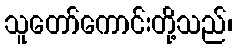
သူတော်ကောင်းတို့သည်၊